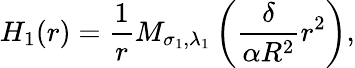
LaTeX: H_{1}(r)=\frac{1}{r}M_{\sigma_{1},\lambda_{1}}\left(\frac{\delta}{\alpha R^{2}}r^{2}\right),